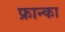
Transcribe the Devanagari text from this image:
फ्रान्का